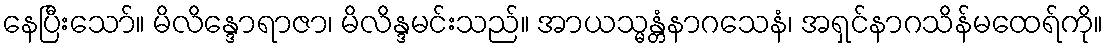
နေပြီးသော်။ မိလိန္ဒောရာဇာ၊ မိလိန္ဒမင်းသည်။ အာယသ္မန္တံနာဂသေနံ၊ အရှင်နာဂသိန်မထေရ်ကို။